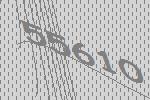
55610